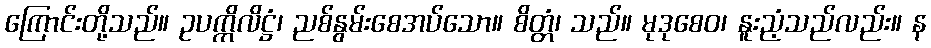
ကြောင်းတို့သည်။ ဥပက္ကိလိဋ္ဌံ၊ ညစ်နွမ်းစေအပ်သော။ စိတ္တံ၊ သည်။ မုဒုစေဝ၊ နူးညံ့သည်လည်း။ န